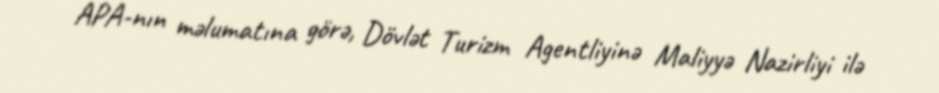
APA-nın məlumatına görə, Dövlət Turizm Agentliyinə Maliyyə Nazirliyi ilə